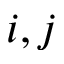
i , j